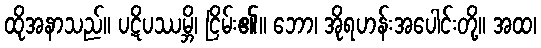
ထိုအနာသည်။ ပဋိပဿမ္ဘိ၊ ငြိမ်း၏။ ဘော၊ အိုရဟန်းအပေါင်းတို့။ အထ၊